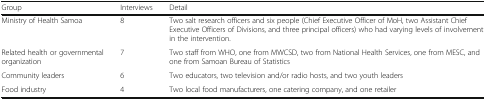
<table><thead><tr><td><b>Group</b></td><td><b>Interviews</b></td><td><b>Detail</b></td></tr></thead><tbody><tr><td>Ministry of Health Samoa</td><td>8</td><td>Two salt research officers and six people (Chief Executive Officer of MoH, two Assistant Chief Executive Officers of Divisions, and three principal officers) who had varying levels of involvement in the intervention.</td></tr><tr><td>Related health or governmental organization</td><td>7</td><td>Two staff from WHO, one from MWCSD, two from National Health Services, one from MESC, and one from Samoan Bureau of Statistics</td></tr><tr><td>Community leaders</td><td>6</td><td>Two educators, two television and/or radio hosts, and two youth leaders</td></tr><tr><td>Food industry</td><td>4</td><td>Two local food manufacturers, one catering company, and one retailer</td></tr></tbody></table>